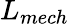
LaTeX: L_{mech}